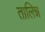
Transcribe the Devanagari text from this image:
तालिन्न